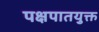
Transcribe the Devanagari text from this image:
पक्षपातयुक्त